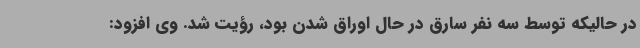
در حالیکه توسط سه نفر سارق در حال اوراق شدن بود، رؤیت شد. وی افزود: